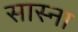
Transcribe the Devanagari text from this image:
सास्ना